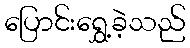
ပြောင်းရွှေ့ခဲ့သည်